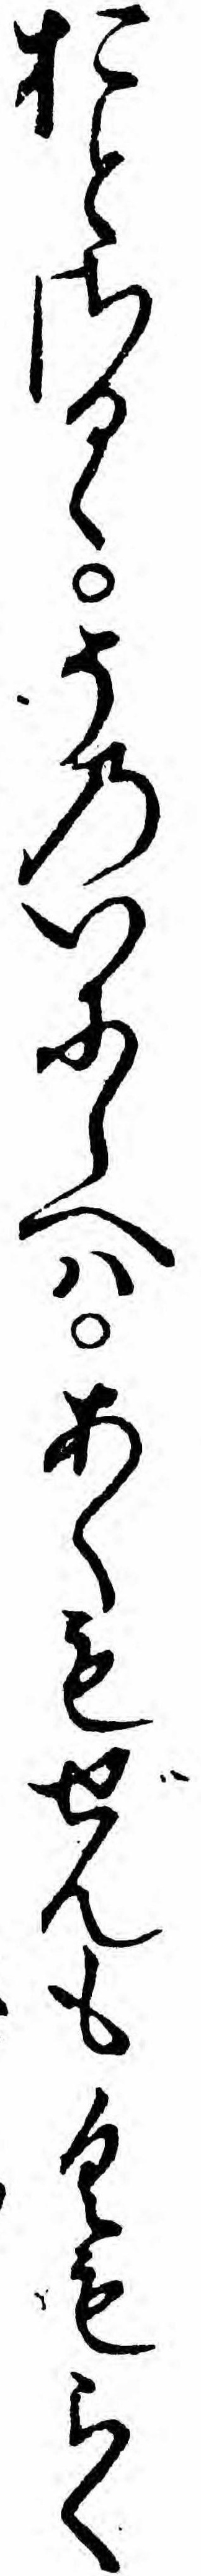
おとさるゝそのいにしへハあくもぜんもくもらく